Indian journal of veterinary science and animal husbandry - Volume 10,
Year: 1940
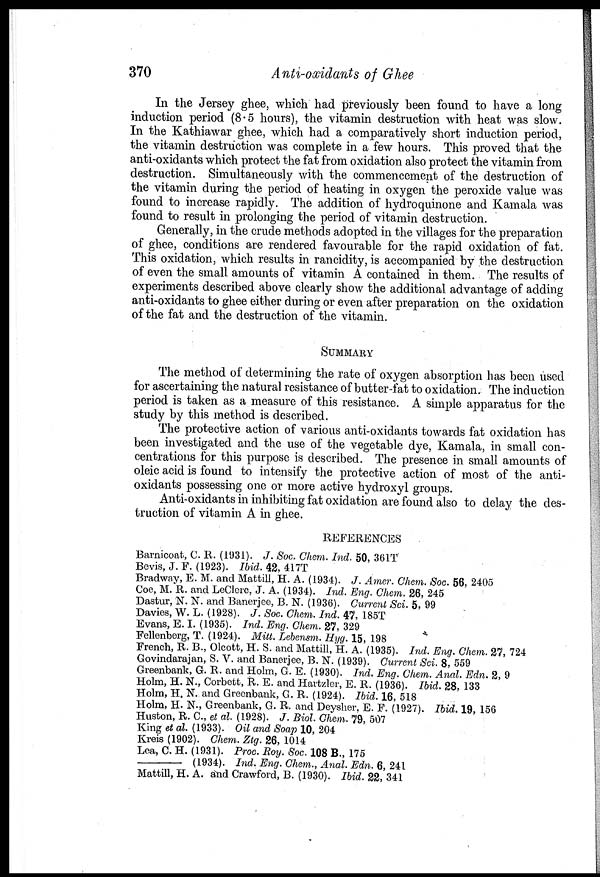
370
Anti-oxidants of Ghee
In the Jersey ghee, which had previously been found to have a long
induction period (8.5 hours), the vitamin destruction with heat was slow.
In the Kathiawar ghee, which had a comparatively short induction period,
the vitamin destruction was complete in a few hours. This proved that the
anti-oxidants which protect the fat from oxidation also protect the vitamin from
destruction. Simultaneously with the commencement of the destruction of
the vitamin during the period of heating in oxygen the peroxide value was
found to increase rapidly. The addition of hydroquinone and Kamala was
found to result in prolonging the period of vitamin destruction.
Generally, in the crude methods adopted in the villages for the preparation
of ghee, conditions are rendered favourable for the rapid oxidation of fat.
This oxidation, which results in rancidity, is accompanied by the destruction
of even the small amounts of vitamin A contained in them. The results of
experiments described above clearly show the additional advantage of adding
anti-oxidants to ghee either during or even after preparation on the oxidation
of the fat and the destruction of the vitamin.
SUMMARY
The method of determining the rate of oxygen absorption has been used
for ascertaining the natural resistance of butter-fat to oxidation. The induction
period is taken as a measure of this resistance. A simple apparatus for the
study by this method is described.
The protective action of various anti-oxidants towards fat oxidation has
been investigated and the use of the vegetable dye, Kamala, in small con-
centrations for this purpose is described. The presence in small amounts of
oleic acid is found to intensify the protective action of most of the anti-
oxidants possessing one or more active hydroxyl groups.
Anti-oxidants in inhibiting fat oxidation are found also to delay the des-
truction of vitamin A in ghee.
REFERENCES
Barnicoat, C. R. (1931). J. Soc. Chem. Ind. 50, 361T
Bevis, J. F. (1923). Ibid. 42, 417T
Bradway, E. M. and Mattill, H. A. (1934). J. Amer. Chem. Soc. 56, 2405
Coe, M. R. and LeClerc, J. A. (1934). Ind. Eng. Chem. 26, 245
Dastur, N. N. and Banerjee, B. N. (1936). Current Sci. 5, 99
Davies, W. L. (1928). J. Soc. Chem. Ind. 47, 185T
Evans, E. I. (1935). Ind. Eng. Chem. 27, 329
Fellenberg, T. (1924). Mitt. Lebensm. Hyg. 15, 198
French, R. B., Olcott, H. S. and Mattill, H. A. (1935). Ind. Eng. Chem. 27, 724
Govindarajan, S. V. and Banerjee, B. N. (1939). Current Sci. 8, 559
Greenbank, G. R. and Holm, G. E. (1930). Ind. Eng. Chem. Anal. Edn. 2, 9
Holm, H. N., Corbett, R. E. and Hartzler, E. R. (1936). Ibid. 28, 133
Holm, H. N. and Greenbank, G. R. (1924). Ibid. 16, 518
Holm, H. N., Greenbank, G. R. and Deysher, E. F. (1927). Ibid. 19, 156
Huston, R. C., et al. (1928). J. Biol. Chem. 79, 507
King et al. (1933). Oil and Soap 10, 204
Kreis (1902). Chem. Ztg. 26, 1014
Lea, C. H. (1931). Proc. Roy. Soc. 108 B., 175
—
(1934). Ind. Eng. Chem., Anal. Edn. 6, 241
Mattill, H. A. and Crawford, B. (1930). Ibid. 22, 341